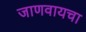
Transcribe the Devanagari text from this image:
जाणवायचा